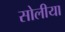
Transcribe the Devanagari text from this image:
सोलीया